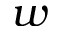
w